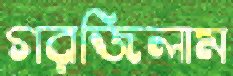
গরজিলাম